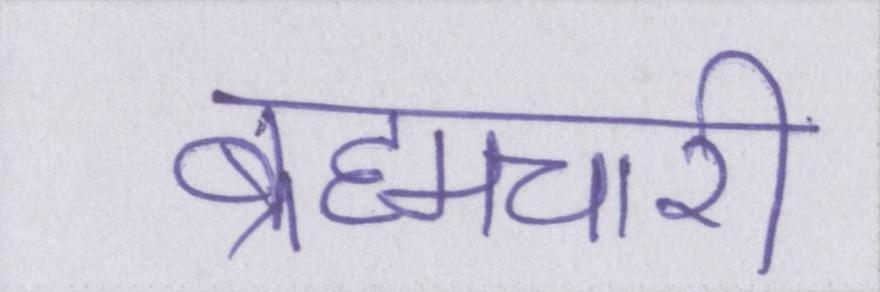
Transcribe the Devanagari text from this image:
ब्रह्मचारी